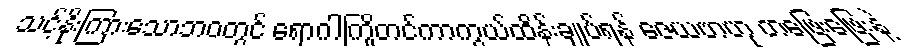
သင့်နိုးကြားသောဘဝတွင် ရောဂါကြိုတင်ကာကွယ်ထိန်းချုပ်ရန် ဇေယဗာဟု တဖြေးဖြေးနဲ့